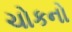
ચોકનો